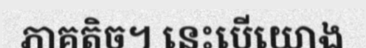
ភាគតិច។ នេះបើយោង